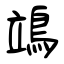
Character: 鴗